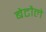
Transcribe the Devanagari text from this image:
बेटौले